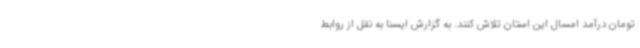
تومان درآمد امسال این استان تلاش کنند. به گزارش ایسنا به نقل از روابط